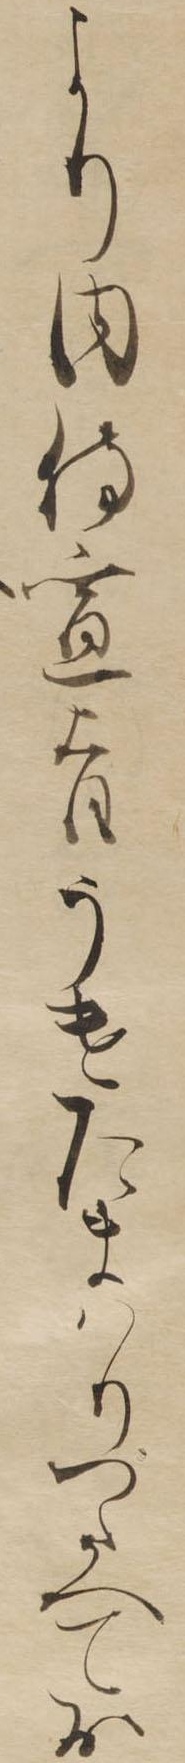
より内侍宣旨うけたまはりつたへてお